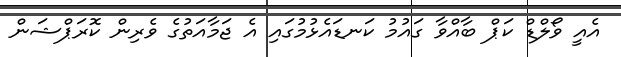
އެއީ ވޯލްޑް ކަޕް ބާއްވާ ގައުމު ކަނޑައެޅުމުގައި އެ ޖަމާއަތުގެ ވެރިން ކޮރަޕްޝަން